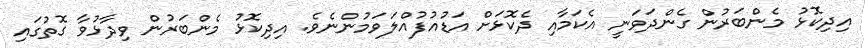
އިދިކޮޅު މެންބަރުން ގެންދަވަނީ އެކަމާއި ދެކޮޅަށް އަޑުއުފުއްލަވަމުންނެވެ. އިދިކޮޅު މެންބަރުން ވިދާޅުވާ ގޮތުގައި